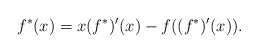
\begin{align*}f^\ast(x)=x(f^\ast)'(x)-f((f^\ast)'(x)).\end{align*}